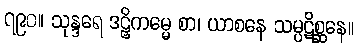
၇၉၀။ သုန္ဒရေ ဒဠှိကမ္မေ စာ၊ ယာစနေ သမ္ပဋိစ္ဆနေ။